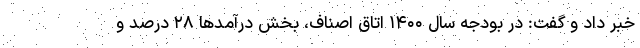
خبر داد و گفت: در بودجه سال ۱۴۰۰ اتاق اصناف، بخش درآمدها ۲۸ درصد و